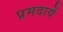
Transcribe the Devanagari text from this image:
प्रमदायें